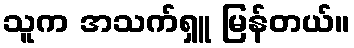
သူက အသက်ရှူ မြန်တယ်။